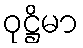
ဝုဋ္ဌိမာ